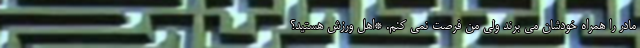
مادر را همراه خودشان می برند ولی من فرصت نمی کنم. *اهل ورزش هستید؟